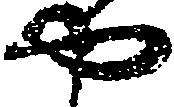
や